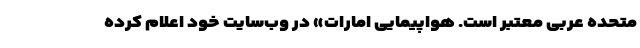
متحده عربی معتبر است. هواپیمایی امارات» در وب‌سایت خود اعلام کرده